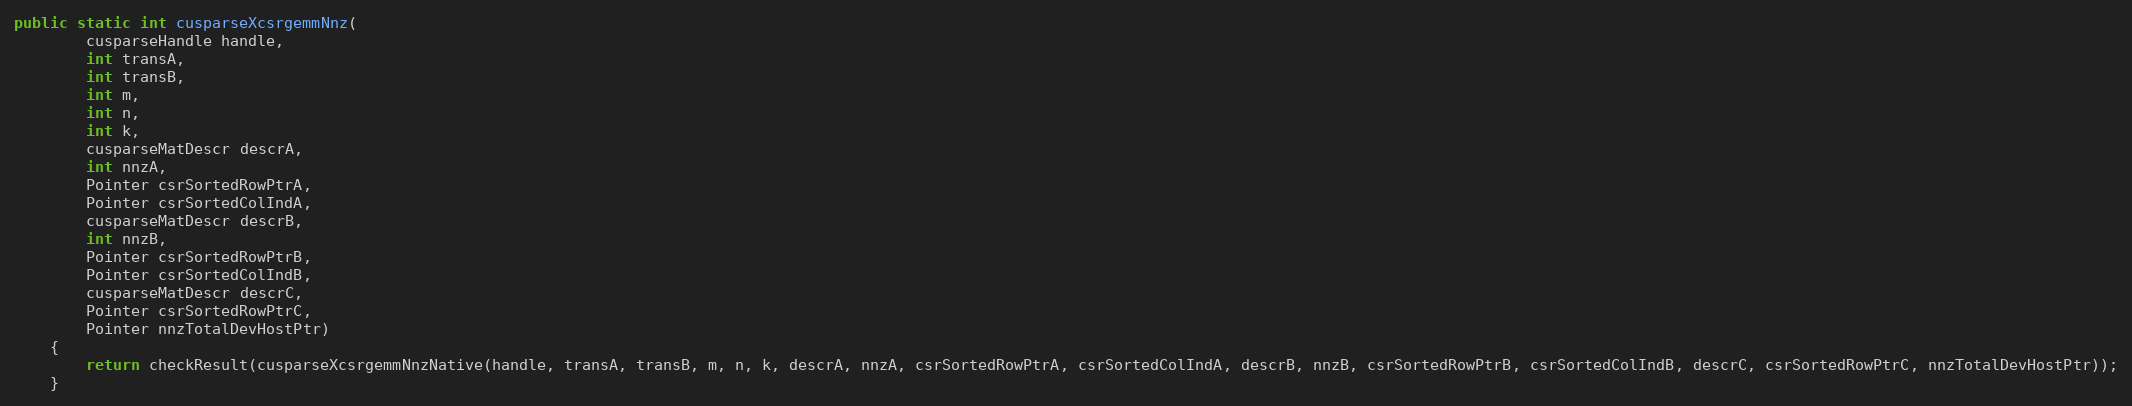
Language: Java
public static int cusparseXcsrgemmNnz(
        cusparseHandle handle,
        int transA,
        int transB,
        int m,
        int n,
        int k,
        cusparseMatDescr descrA,
        int nnzA,
        Pointer csrSortedRowPtrA,
        Pointer csrSortedColIndA,
        cusparseMatDescr descrB,
        int nnzB,
        Pointer csrSortedRowPtrB,
        Pointer csrSortedColIndB,
        cusparseMatDescr descrC,
        Pointer csrSortedRowPtrC,
        Pointer nnzTotalDevHostPtr)
    {
        return checkResult(cusparseXcsrgemmNnzNative(handle, transA, transB, m, n, k, descrA, nnzA, csrSortedRowPtrA, csrSortedColIndA, descrB, nnzB, csrSortedRowPtrB, csrSortedColIndB, descrC, csrSortedRowPtrC, nnzTotalDevHostPtr));
    }